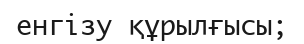
енгізу құрылғысы;